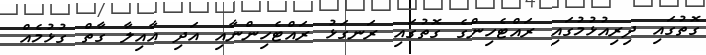
ގޮތުގައި ދިރިއުޅުމުގައި ރައްޓެހިންގެ ގޮތުގައި ރަނގަޅު ރައްޓެހިންނާއި އަދި އާއިލާ ގާތް ގުޅުމެއް